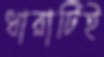
ধারাটিই